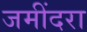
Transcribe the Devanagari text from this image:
जमींदरा